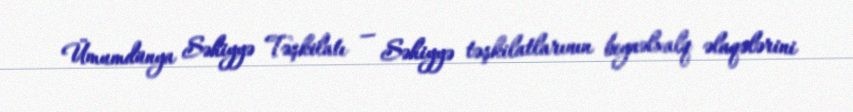
Ümumdünya Səhiyyə Təşkilatı — Səhiyyə təşkilatlarının beynəlxalq əlaqələrini